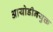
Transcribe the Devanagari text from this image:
आयोडीनयुक्त